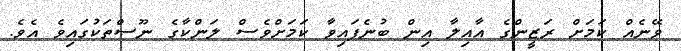
ވޭނެއް ކަމަށް ރަޒީންގެ އާއިލާ އިން ބުނެފައިވާ ކަމަށްވެސް ލަންކާގެ ނޫސްތަކުގައިވެ އެވެ.